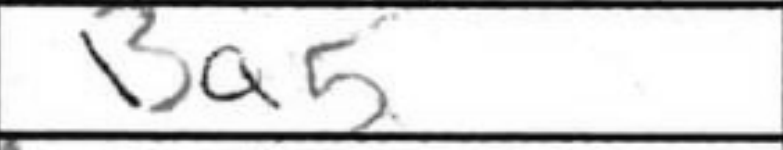
Transcription: Ba5